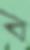
ব